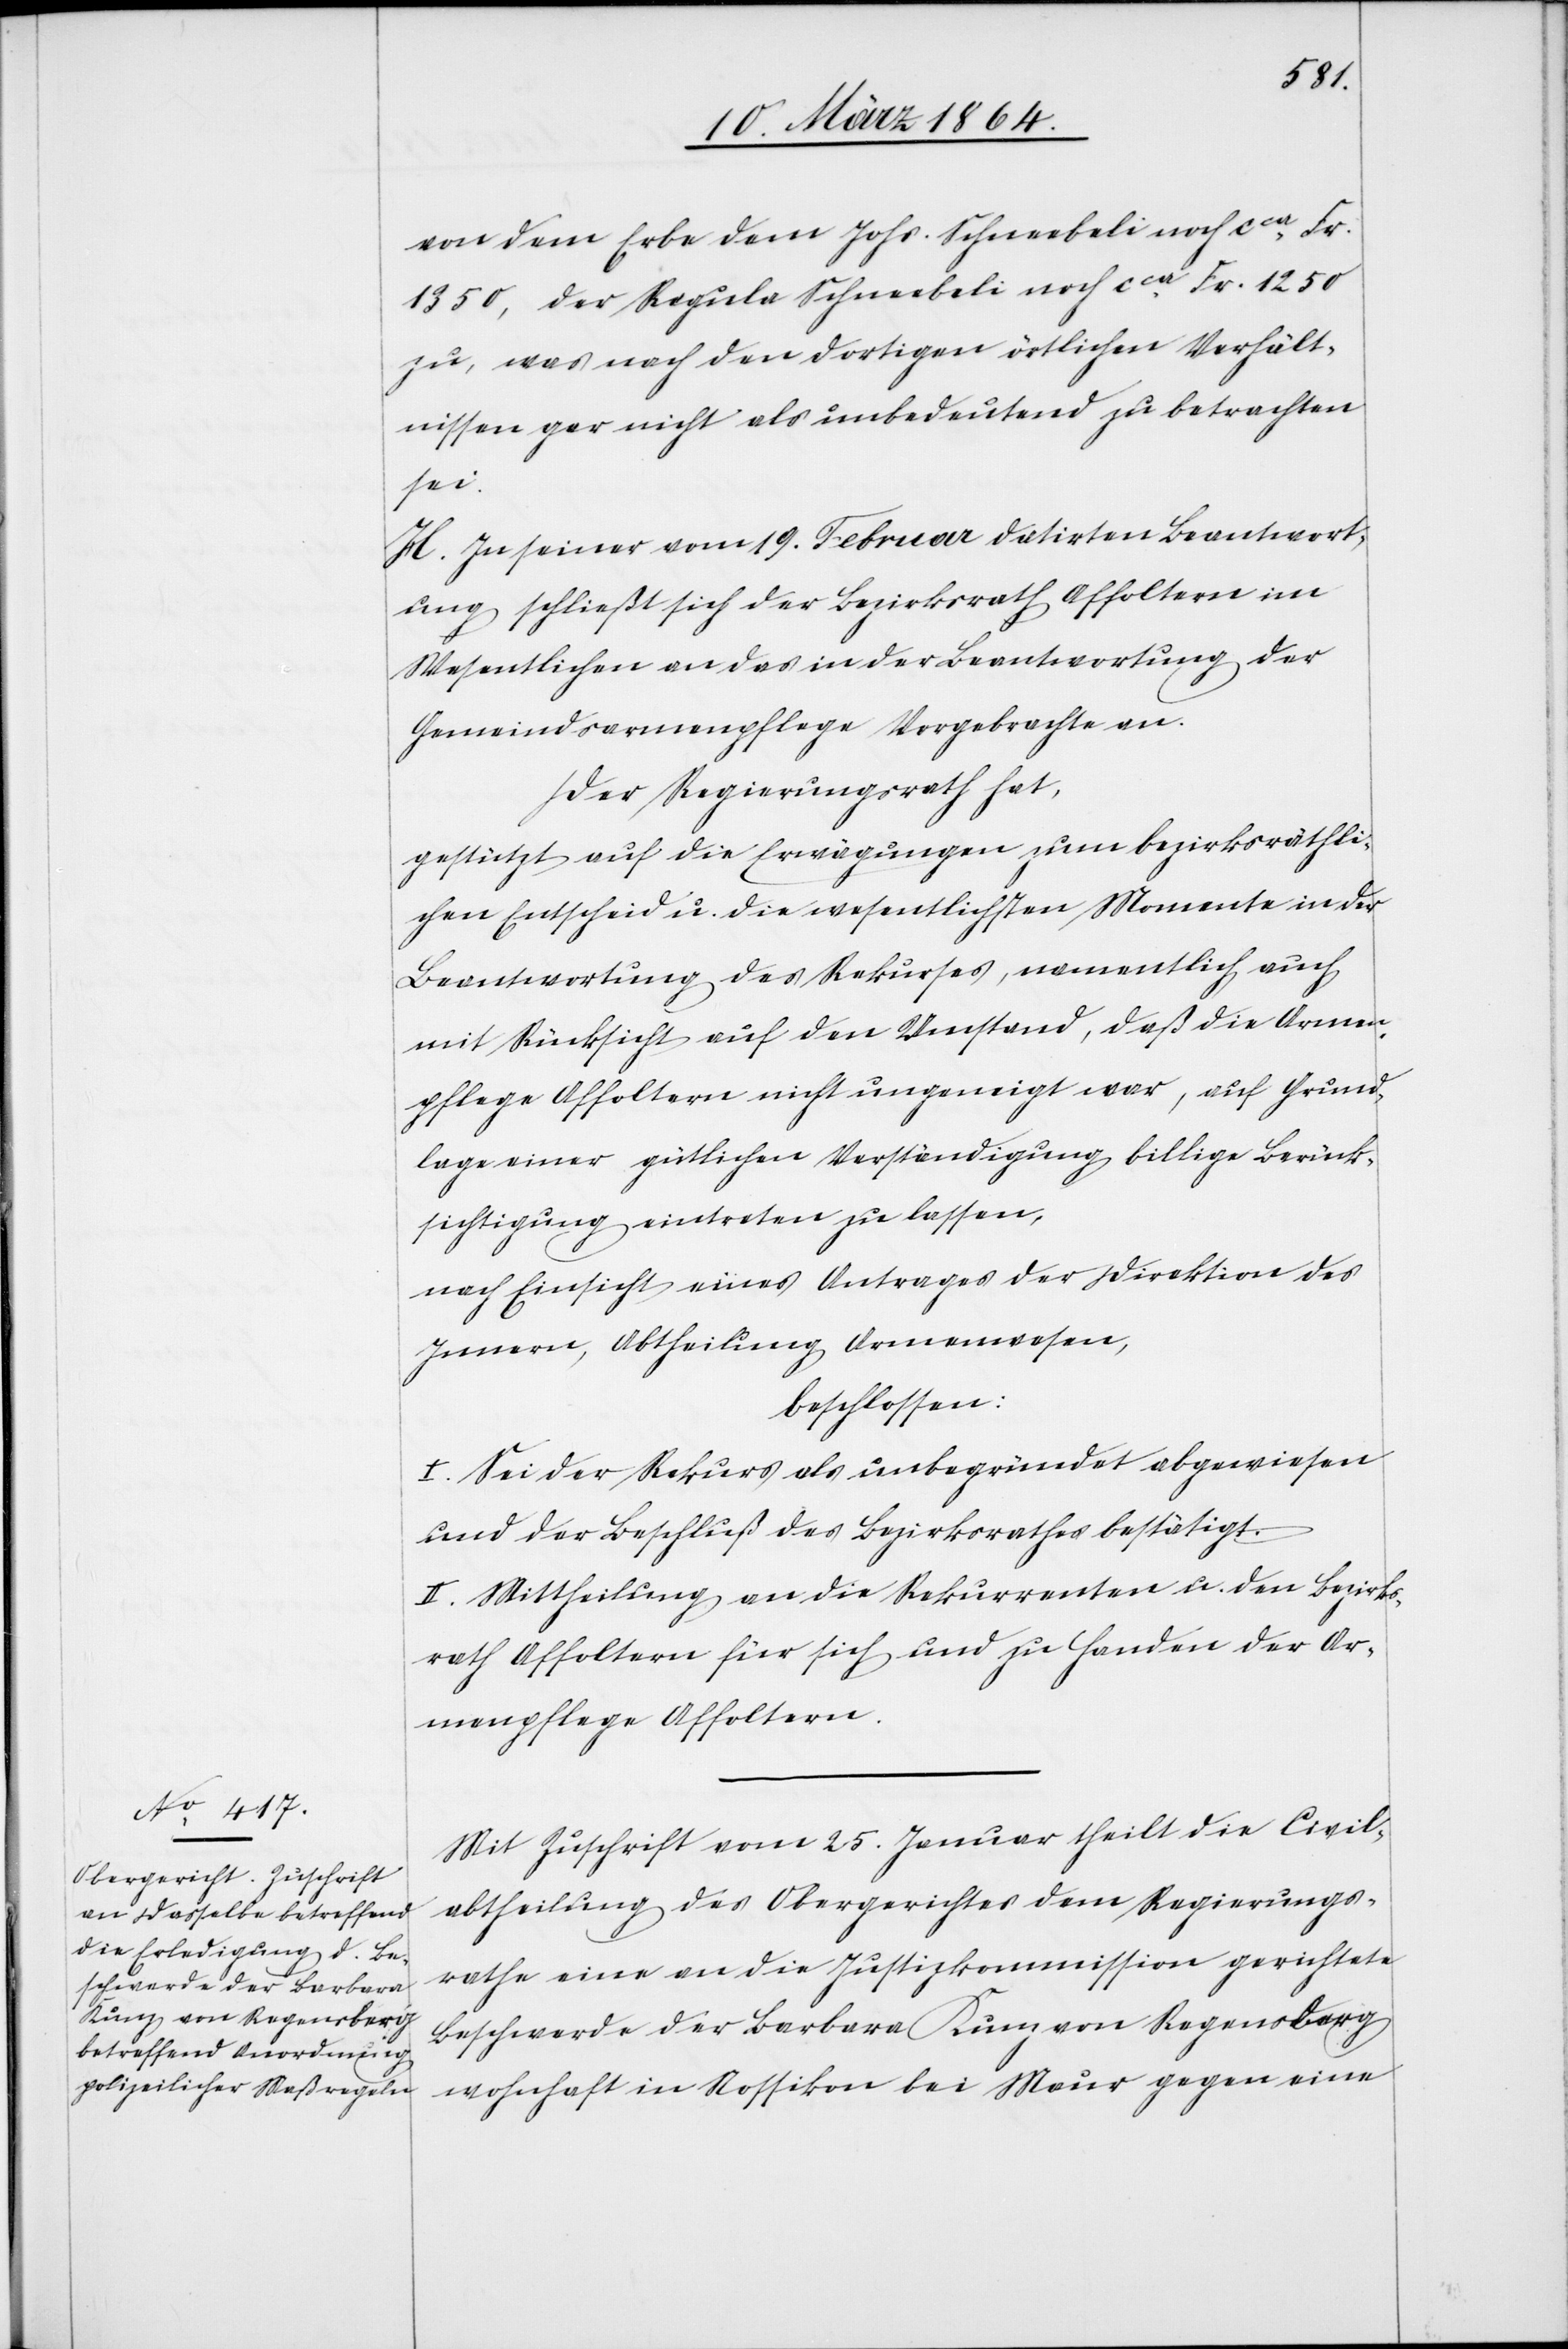
von dem Erbe dem Johs. Schneebeli noch cca Fr.
1350, der Regula Schneebeli noch cca Fr. 1250
zu, was nach den dortigen örtlichen Verhält¬
nissen gar nicht als unbedeutend zu betrachten
sei.
H. In seiner vom 19. Februar datirten Beantwort¬
ung schließt sich der Bezirksrath Affoltern im
Wesentlichen an das in der Beantwortung der
Gemeindsarmenpflege Vorgebrachte an.
Der Regierungsrath hat,
gestützt auf die Erwägungen zum bezirksräthli¬
chen Entscheid u. die wesentlichsten Momente in der
Beantwortung des Rekurses, namentlich auch
mit Rücksicht auf den Umstand, daß die Armen¬
pflege Affoltern nicht ungeneigt war, auf Grund¬
lage einer gütlichen Verständigung billige Berück¬
sichtigung eintreten zu lassen,
nach Einsicht eines Antrages der Direktion des
Innern, Abtheilung Armenwesen,
beschlossen:
I. Sei der Rekurs als unbegründet abgewiesen
und der Beschluß des Bezirksrathes bestätigt.
II. Mittheilung an die Rekurrenten u. den Bezirks¬
rath Affoltern für sich und zu Handen der Ar¬
menpflege Affoltern.
Mit Zuschrift vom 25. Januar theilt die Civil¬
abtheilung des Obergerichtes dem Regierungs¬
rathe eine an die Justizkommission gerichtete
Beschwerde der Barbara Kunz von Regensberg
wohnhaft in Nossikon bei Maur gegen eine